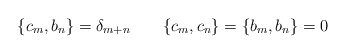
\begin{align*}\{c_m,b_n\}=\delta_{m+n} \qquad \{c_m,c_n\}=\{b_m,b_n\}=0\end{align*}